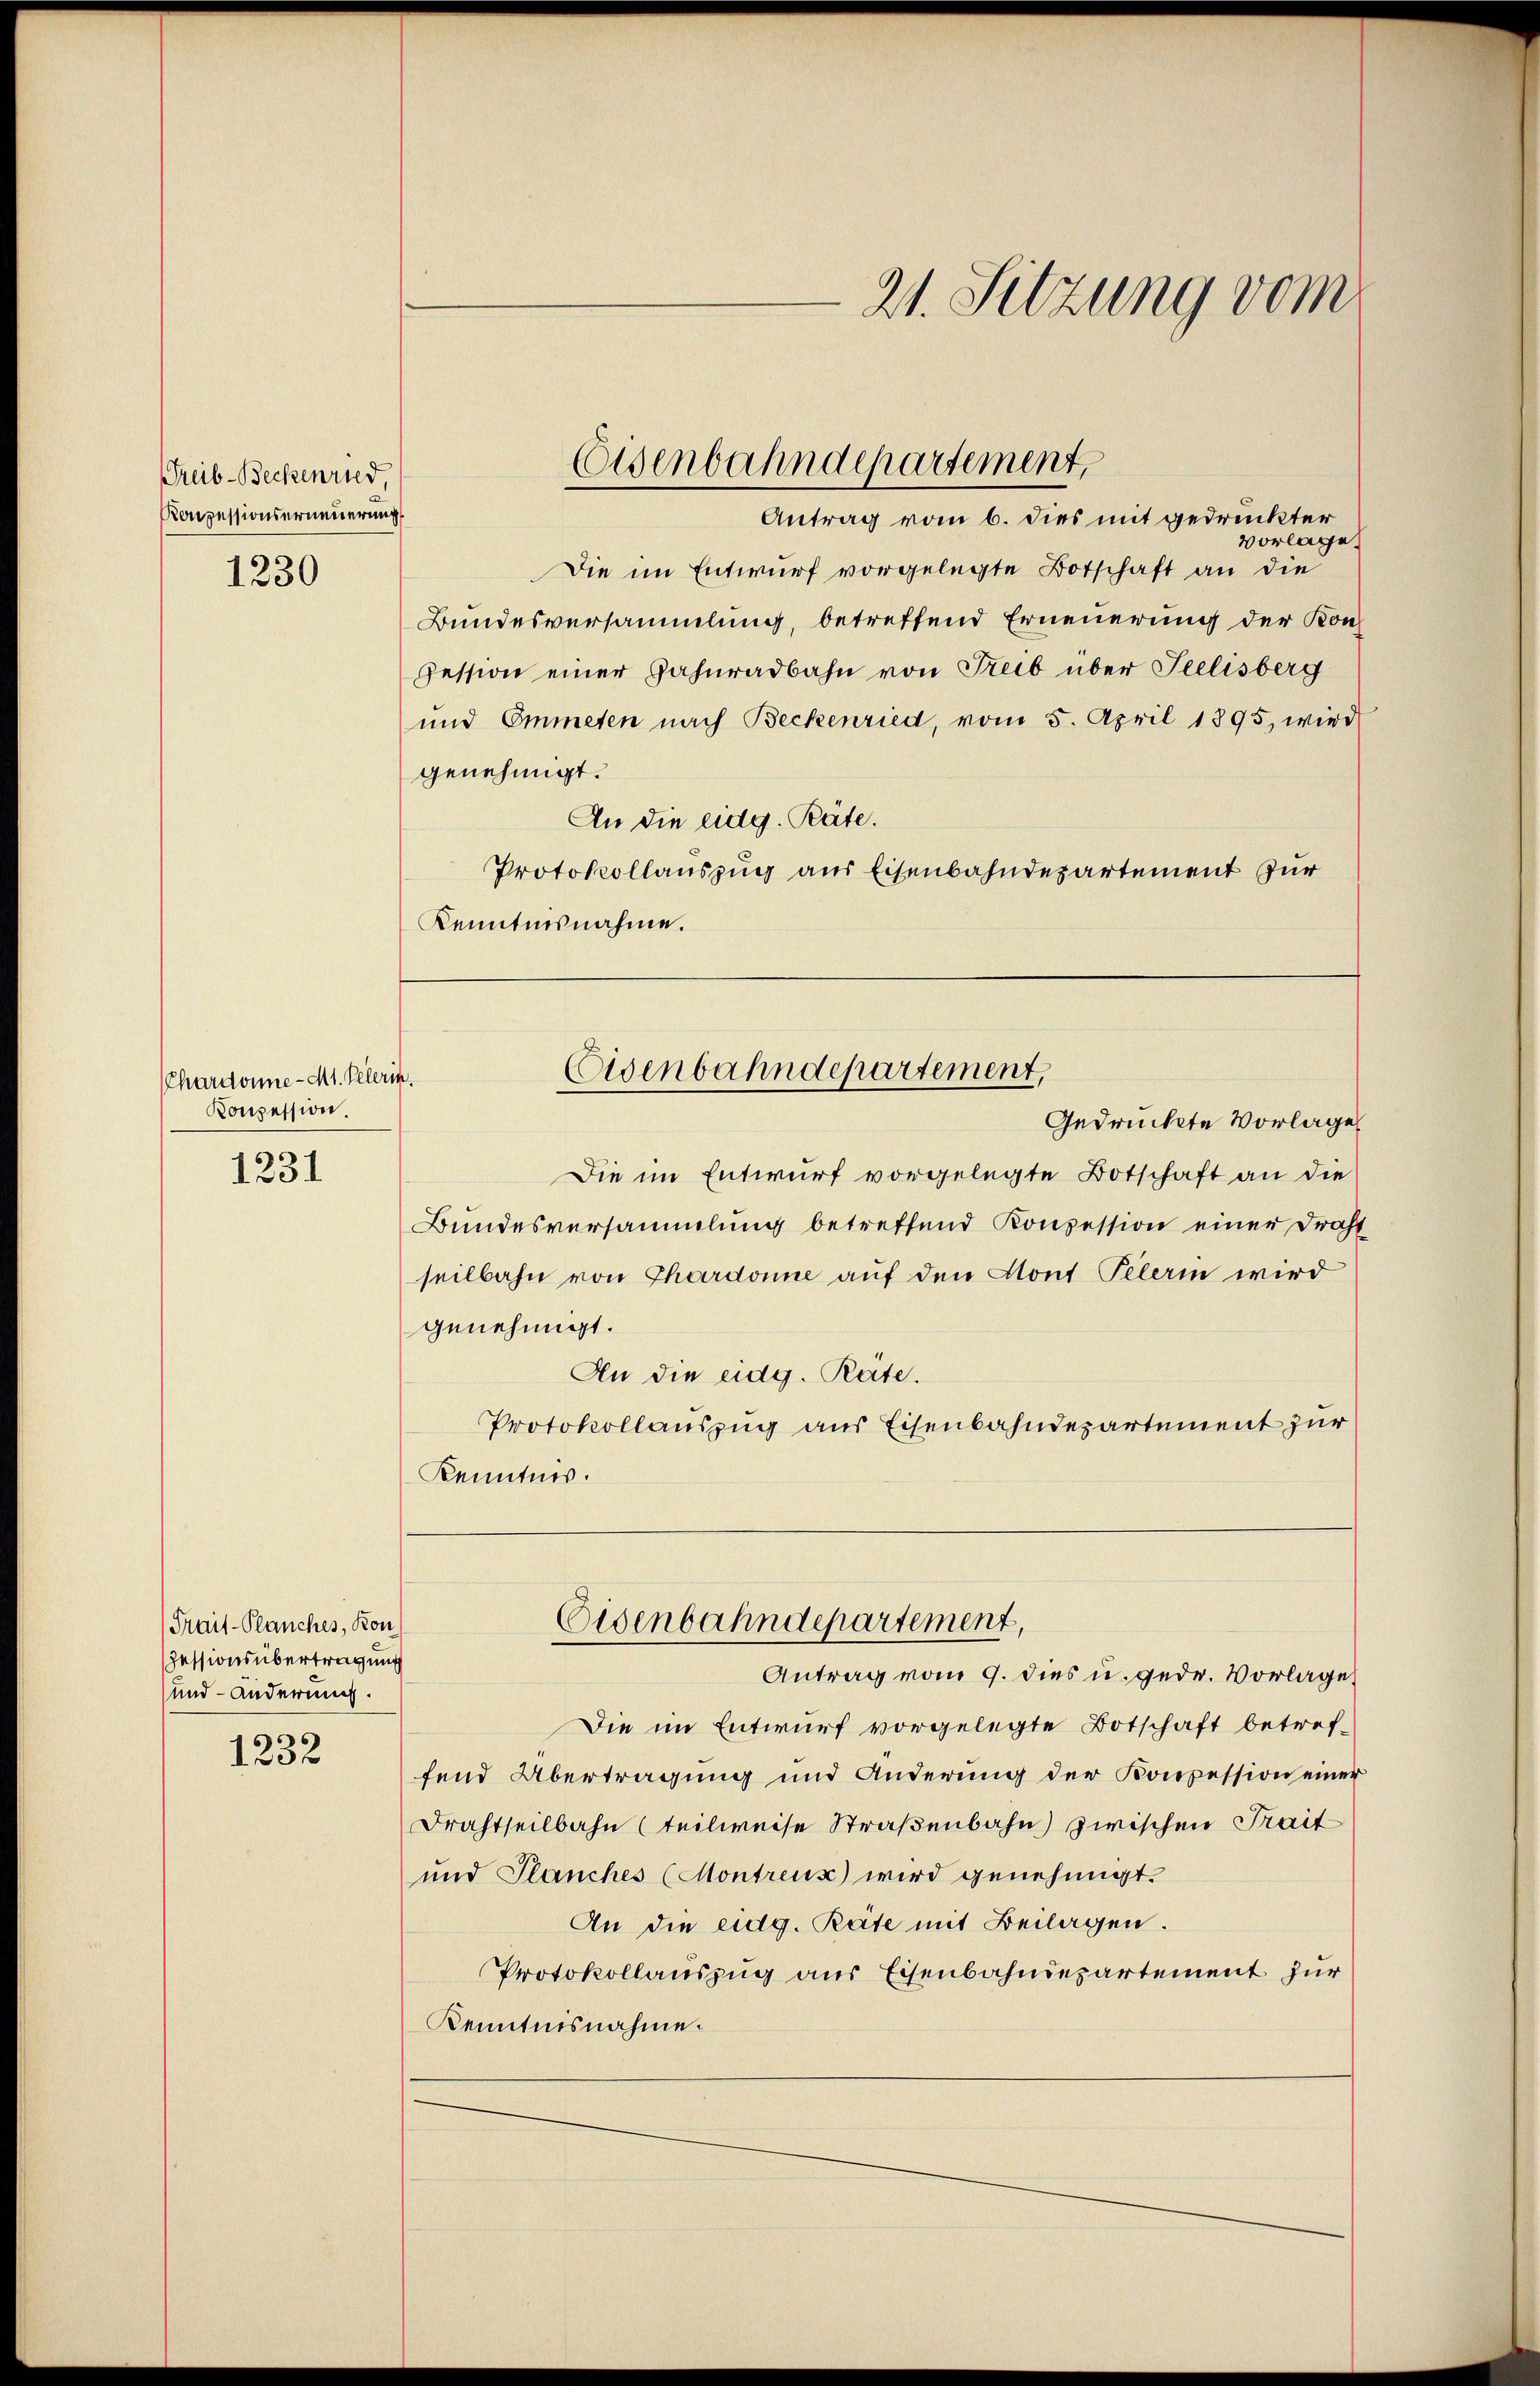
Treib-Beckenried
Konzessionserneuerung

1230

CChardonne-Mt. Pelerin.
Konzession

1231

Frais-Planches, Kon
Zessionsübertragung
und anderung.

1232

21. Sitzung vom

Antrag vom 6. dies mit gedruckter
vorlage.
Die im Entwurf vorgelegte Botschaft an die
Bundesversammlung, betreffend Erneuerung der Konfession einer Zahnradbahn von Treib über Seelisberg
und Emmeten nach Beckenried, vom 5. April 1895, wird
genehmigt.
An die eidg. Räte.
Protokollauszug aus Eisenbahndepartement zur
Kenntnisnahme.

Eisenbahndepartement,

Eisenbahndepartement,
Gedruckte Vorlage

Eisenbahndepartement,
Antrag vom 9. dies u. gedr. Vorlage

Die im Entwurf vorgelegte Botschaft an die
Bundesversammlung betreffend Konzession einer Draht
seilbahn von Thardonne auf den Sont Pelerin wird
genehmigt.
An die eidg. Reite.
Protokollauszug aus Eisenbahndepartement zur
Kenntnis.

Die im Entwurf vorgelegte Botschaft betref-
fend Übertragung und Änderung der Konpession einer
Drachtheilbahn (teilweise Straßenbahn zwischen Trait
und Planches (Montreux) wird genehmigt.
An die eidg. Räte mit Beilagen.
Protokollauszug aus Eisenbahndepartement zur
Kenntnisnahme.